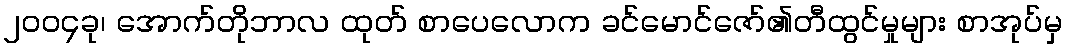
၂၀၀၄ခု၊ အောက်တိုဘာလ ထုတ် စာပေလောက ခင်မောင်ဇော်၏တီထွင်မှုများ စာအုပ်မှ